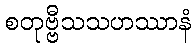
စတုဗ္ဗီသသဟဿာနံ